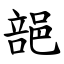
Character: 郶